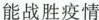
能战胜疫情